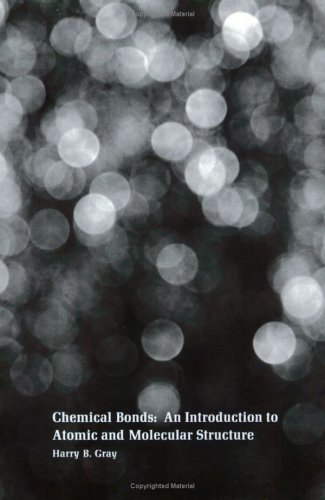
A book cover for Chemical Bonds; Harry B. Gray; Science & Math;